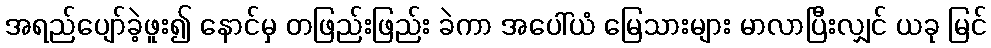
အရည်ပျော်ခဲ့ဖူး၍ နောင်မှ တဖြည်းဖြည်း ခဲကာ အပေါ်ယံ မြေသားများ မာလာပြီးလျှင် ယခု မြင်